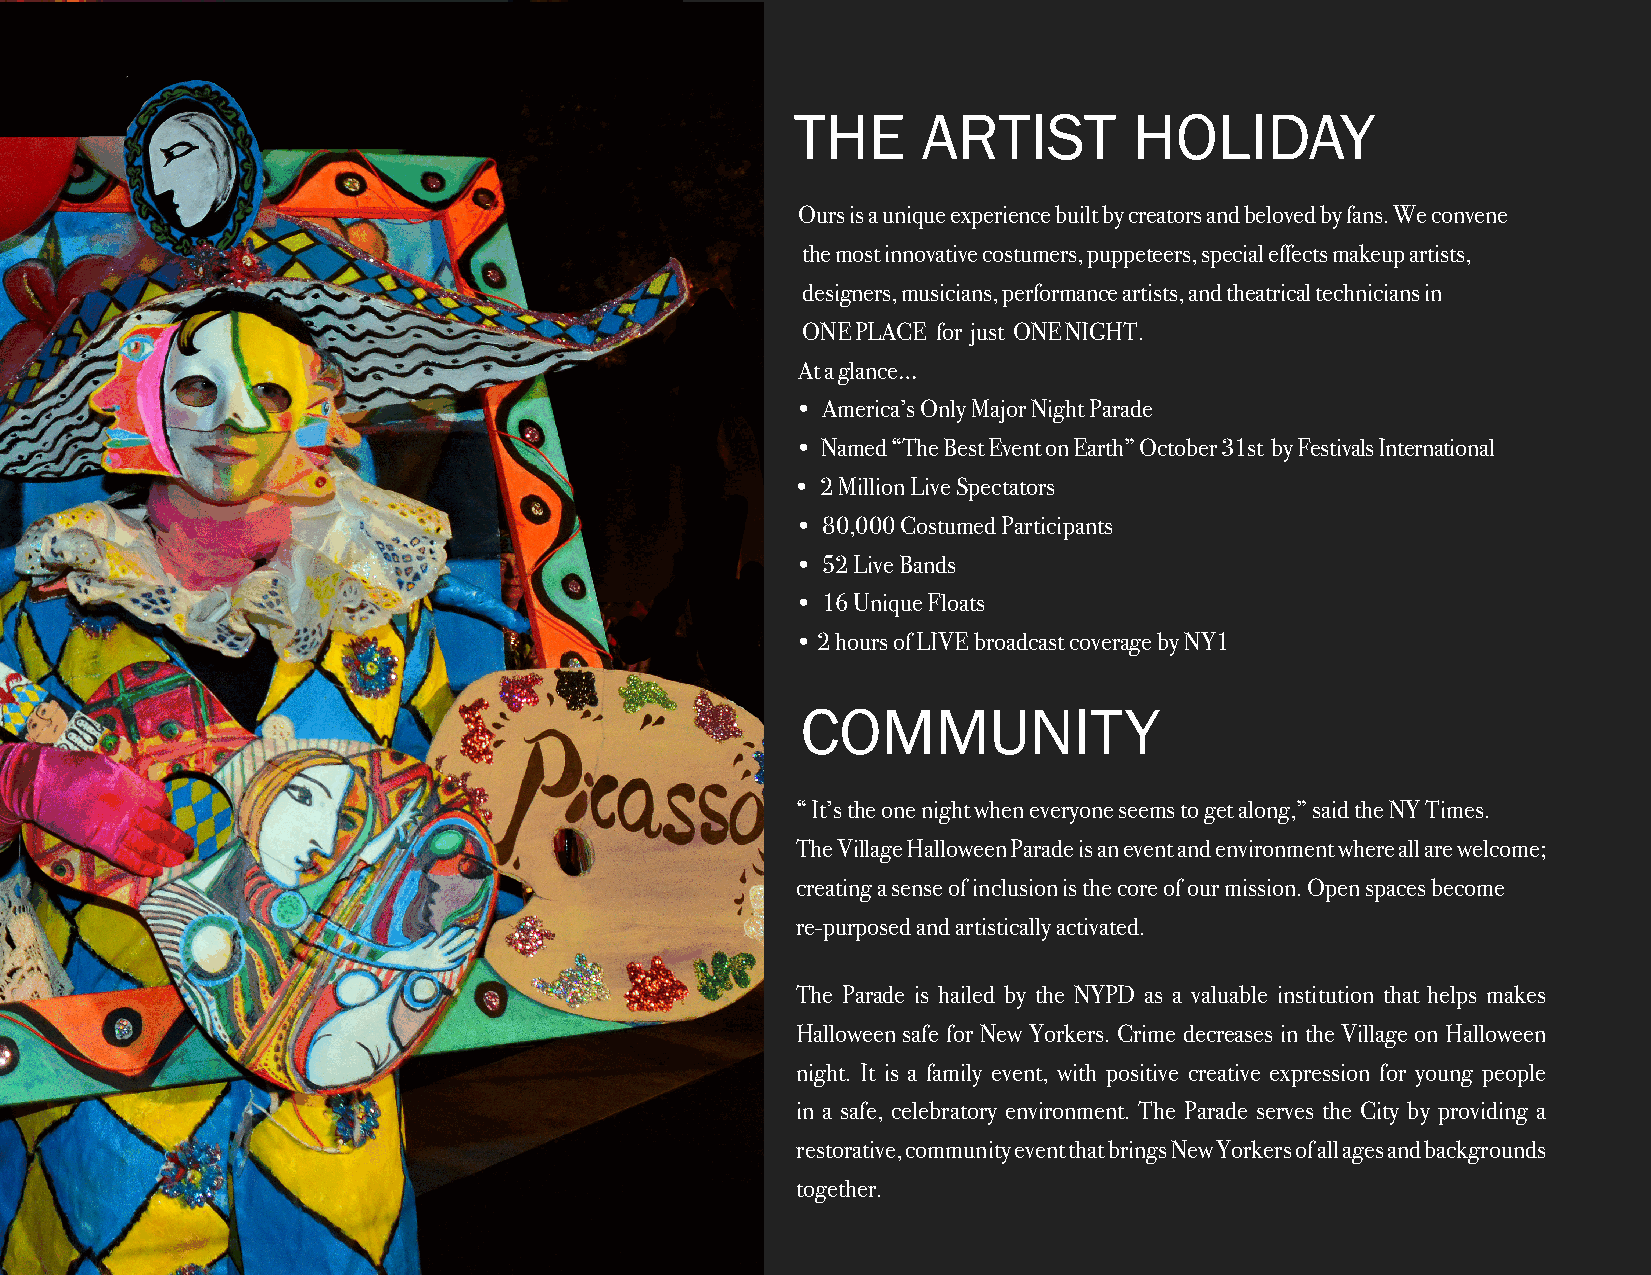
THE     ARTIST        HOLIDAY
 Ours is a unique experience built by creators and beloved by fans. We convene
 the most innovative costumers, puppeteers, special effects makeup artists,
 designers, musicians, performance artists, and theatrical technicians in
 ONE PLACE for just ONE NIGHT.
 At a glance…
 • America’s Only Major Night Parade
 • Named “The Best Event on Earth” October 31st by Festivals International
 • 2 Million Live Spectators
 • 80,000 Costumed Participants
 • 52 Live Bands
 • 16 Unique Floats
 • 2 hours of LIVE broadcast coverage by NY1
 COMMUNITY
 “ It’s the one night when everyone seems to get along,” said the NY Times.
 The Village Halloween Parade is an event and environment where all are welcome;
 creating a sense of inclusion is the core of our mission. Open spaces become
 re-purposed and artistically activated.
 The Parade is hailed by the NYPD as a valuable institution that helps makes
 Halloween safe for New Yorkers. Crime decreases in the Village on Halloween
 night. It is a family event, with positive creative expression for young people
 in a safe, celebratory environment. The Parade serves the City by providing a
 restorative, community event that brings New Yorkers of all ages and backgrounds
 together.